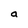
Character: a